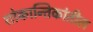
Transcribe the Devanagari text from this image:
शोकान्तिकांतील